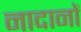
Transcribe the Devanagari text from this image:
नादानों